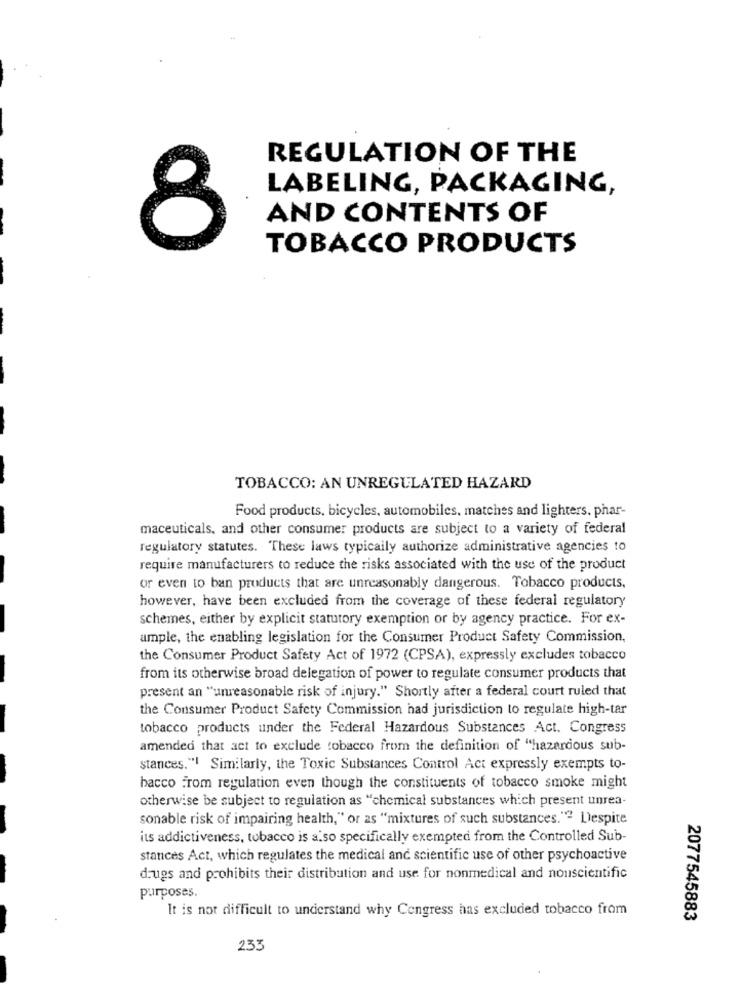
REGULATION OF THE
LABELING, PACKAGING,
AND CONTENTS OF
TOBACCO PRODUCTS
TOBACCO: AN UNREGULATED HAZARD
Food products, bicycles, automobiles, matches and lighters. phar-
maceuticals, and other consumer products are subject to a variety of federal
regulatory statutes. These laws typically authorize administrative agencies to
require manufacturers to reduce the risks associated with the use of the product
or even to ban products that are unreasonably dangerous. Tobacco products.
however, have been excluded from the coverage of these federal regulatory
schemes, either by explicit statutory exemption or by agency practice. For ex-
ample, the enabling legislation for the Consumer Product Safety Commission,
the Consumer Product Safety Act of 1972 (CPSA), expressly excludes tobacco
from its otherwise broad delegation of power to regulate consumer products that
present an "unreasonable risk of injury." Shortly after a federal court ruled that
the Consumer Product Safety Commission had jurisdiction to regulate high-tar
tobacco products under the Federal Hazardous Substances Act. Congress
amended that act to exclude tobacco from the definition of "hazardous sub-
stances."I Similarly, the Toxic Substances Control Act expressly exempts to-
bacco from regulation even though the constituents of tobacco smoke might
otherwise be subject to regulation as "chemical substances which present unrea-
sonable risk of impairing health," or as "mixtures of such substances."" Despite
its addictiveness, tobacco is a.so specifically exempted from the Controlled Sub-
stances Act, which regulates the medical and scientific use of other psychoactive
drugs and prohibits their distribution and use for nonmedical and nouscientific
purposes.
It is not difficult to understand why Congress has excluded tobacco from
2077545883
233